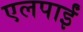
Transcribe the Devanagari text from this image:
एलपाईं